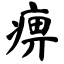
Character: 痹